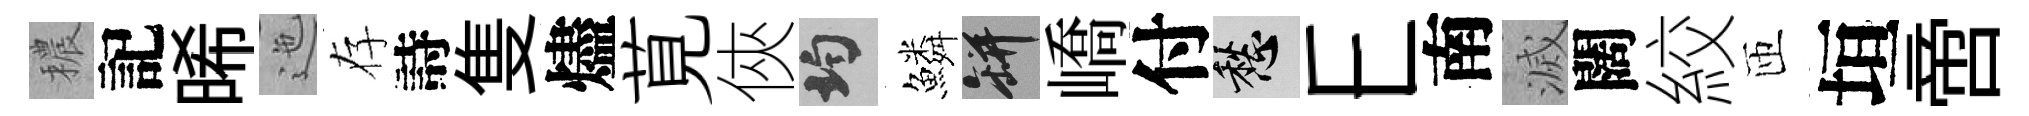
穠記晞迤存詩隻燼莧俠均鱗瓶嶠付愁E南滅闊絞匝垣啻